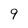
Character: 9